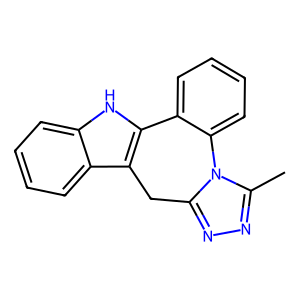
SMILES: Cc1nnc2n1-c1ccccc1-c1[nH]c3ccccc3c1C2
Inhibits HIV replication: No